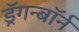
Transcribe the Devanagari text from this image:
ड्रॅगन्बॉर्न